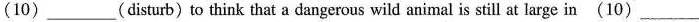
(10)___(disturb)to think that a dangerous wild animal is still at large in(10)___